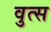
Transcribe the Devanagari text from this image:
वुत्स